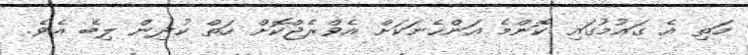
މަތި އެ ގައުމުގައި ކޮންމެ އަންހެނަކަށް އެވްރެޖްކޮށް ހަތް ކުދިން ލިބެ އެވެ.